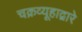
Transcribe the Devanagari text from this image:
चक्रव्यूहाद्वारे